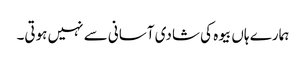
ہمارے ہاں بیوہ کی شادی آسانی سے نہیں ہوتی۔